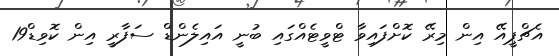
އެޗްޕީއޭ އިން މިރޭ ކޮށްފައިވާ ޓްވީޓެއްގައި ބުނީ އައިލެންޑް ސަފާރީ އިން ކޮވިޑް19